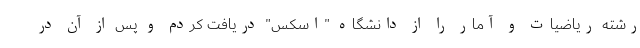
رشته ریاضیات و آمار را از دانشگاه "اسکس" دریافت کردم و پس از آن در